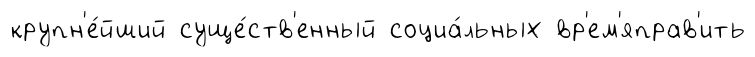
крупн'е́йший суще́ств'енный социа́льных вр'ем'яправ'ить